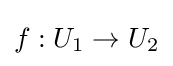
f:U_{1}\to U_{2}